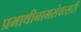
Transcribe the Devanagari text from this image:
प्रमाथीनामसंवत्सरीं